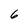
Character: 6